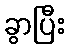
ခွာပြီး